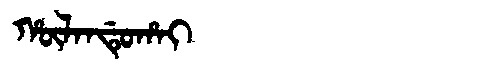
Manchu: ᡥᡡᠯᠠᠨᡩᡠᡥᠠᡳ
Romanization: HŪLANDUHAI